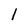
Character: 1